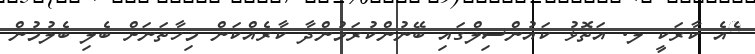
ެއެ ކާރަކީ ލ. އަތޮޅު ކައުންސިލްގައި ބޭނުންކުރަމުންދާ ކާރެއްކަން މިހާތަނަށް ބެލި ބެލުމުން